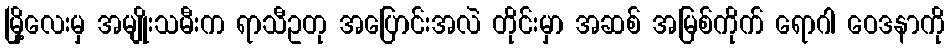
မြို့လေးမှ အမျိုးသမီးက ရာသီဥတု အပြောင်းအလဲ တိုင်းမှာ အဆစ် အမြစ်ကိုက် ရောဂါ ဝေဒနာကို